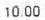
10.00